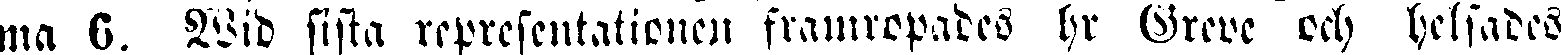
ma 6. Wid sista representationen framropades hr Greve och helsades